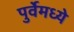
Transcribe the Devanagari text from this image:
पुर्वेमध्ये